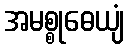
အမစ္စုဓေယျံ